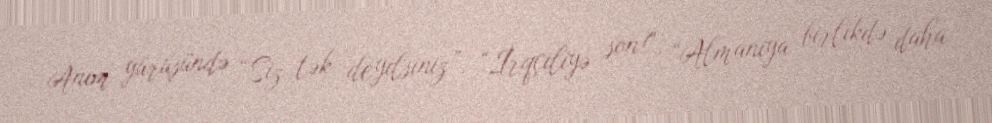
Anım yürüşündə “Siz tək deyilsiniz”, “İrqçiliyə son!”, “Almaniya birlikdə daha